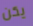
يكن